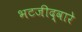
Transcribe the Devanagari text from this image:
भटजीद्वारे